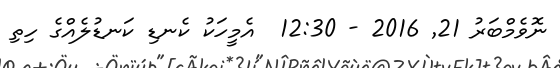
ނޮވެމްބަރު 21